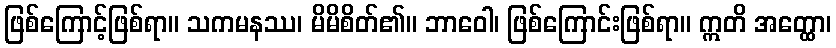
ဖြစ်ကြောင့်ဖြစ်ရာ။ သကမနဿ၊ မိမိစိတ်၏။ ဘာဝေါ၊ ဖြစ်ကြောင်းဖြစ်ရာ။ ဣတိ အတ္ထော၊